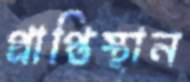
প্রাপ্তিস্থান